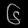
Digit: ၆